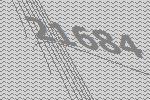
21684